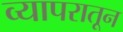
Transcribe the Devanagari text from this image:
व्यापरातून